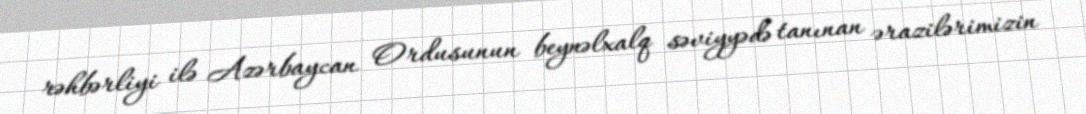
rəhbərliyi ilə Azərbaycan Ordusunun beynəlxalq səviyyədə tanınan ərazilərimizin